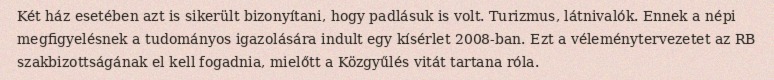
Két ház esetében azt is sikerült bizonyítani, hogy padlásuk is volt. Turizmus, látnivalók. Ennek a népi megfigyelésnek a tudományos igazolására indult egy kísérlet 2008-ban. Ezt a véleménytervezetet az RB szakbizottságának el kell fogadnia, mielőtt a Közgyűlés vitát tartana róla.